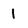
Character: 1